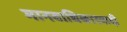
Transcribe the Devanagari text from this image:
मानवाधिकारवादी